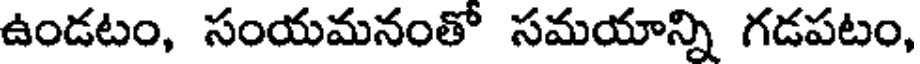
ఉండటం, సంయమనంతో సమయాన్ని గడపటం,